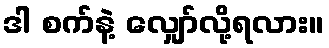
ဒါ စက်နဲ့ လျှော်လို့ရလား။